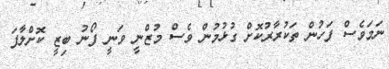
ނަމަވެސް ފަހުން ތަކުރާރުކޮށް ގުޅުމުން ވެސް މުޒްނީ ވަނީ ފޯނު ބިޒީ ކޮށްލާފަ